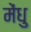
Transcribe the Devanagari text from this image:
मेंधु